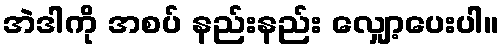
အဲဒါကို အစပ် နည်းနည်း လျှော့ပေးပါ။